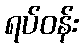
ရပ်ဝန်း